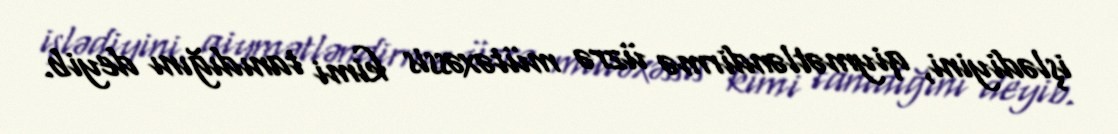
işlədiyini, qiymətləndirmə üzrə mütəxəssis kimi tanıdığını deyib.